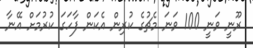
ރޫނީ ވަނީ 100 ވަނަ މެޗުގެ ކުރިން އެކަން ފާހަގަ ކުރުމަށް އޭނާ